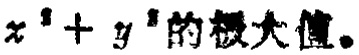
$x^{2}+y^{2}\text{的极大值。}$